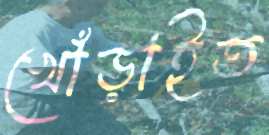
খোঁড়াইত